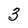
Character: 3